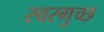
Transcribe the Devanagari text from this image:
स्वरगुच्छ